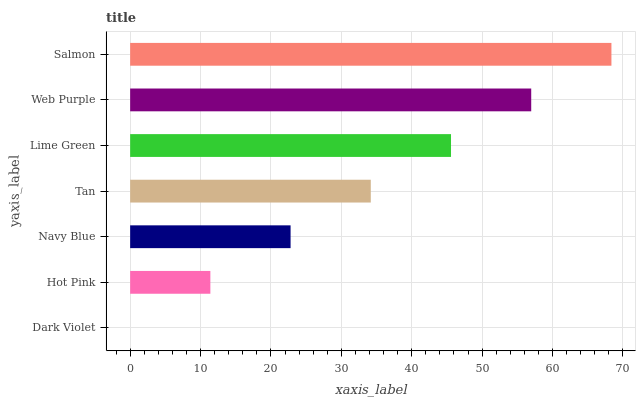
| yaxis_label | bars |
 | --- | --- |
 | Dark Violet | 0 |
 | Hot Pink | 11.4 |
 | Navy Blue | 22.8 |
 | Tan | 34.2 |
 | Lime Green | 45.6 |
 | Web Purple | 57 |
 | Salmon | 68.4 |